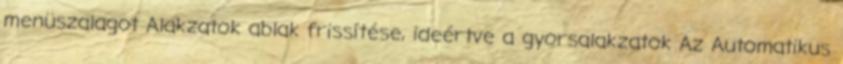
menüszalagot Alakzatok ablak frissítése, ideértve a gyorsalakzatok Az Automatikus